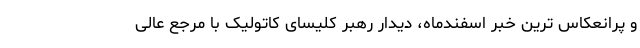
و پُرانعکاس ترین خبر اسفندماه، دیدار رهبر کلیسای کاتولیک با مرجع عالی